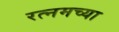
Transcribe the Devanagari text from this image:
रत्नमच्या